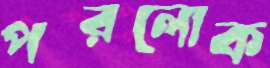
পরলোক